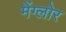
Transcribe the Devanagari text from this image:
मेंग्लोर